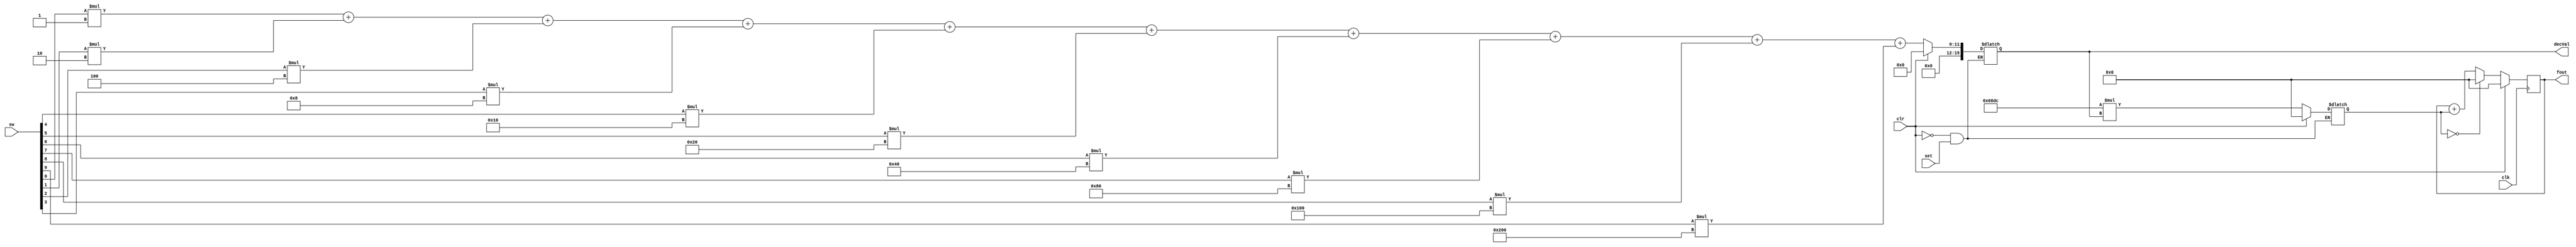
module phase_accum(clk, clr, sw, set, fout, decVal);
	input [9:0]sw;
	input set, clk, clr;
	output reg [27:0] fout;
	output reg [15:0] decVal;
	reg [27:0] tuner;
	integer baseTune = 26843.5456;
	//update when key[0] is pressed
	always
	begin
		if(clr) begin
			decVal <= 0;
			tuner <= 0;
		end
		else if(!set) begin
			decVal <= sw[0]*1 + sw[1]*2 + sw[2]*4 + sw[3]*8 + sw[4]*16 + sw[5]*32 + sw[6]*64 + sw[7]*128 + sw[8]*256 + sw[9]*512;
			tuner <= baseTune * decVal;
		end
	end	
	always@(posedge clk) 
	begin
		if(clr) begin
			fout <= 0;
		end
		
		else begin
			if(tuner == 0) begin //reset fout to zero when tuner is zero so adding zero to the output gives the desired 0 value
				fout <= 0;
			end
			else 
				fout <= fout + tuner;
		end
	end

endmodule